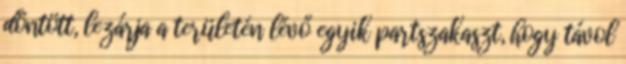
döntött, lezárja a területén lévő egyik partszakaszt, hogy távol